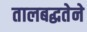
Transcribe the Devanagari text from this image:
तालबद्धतेने